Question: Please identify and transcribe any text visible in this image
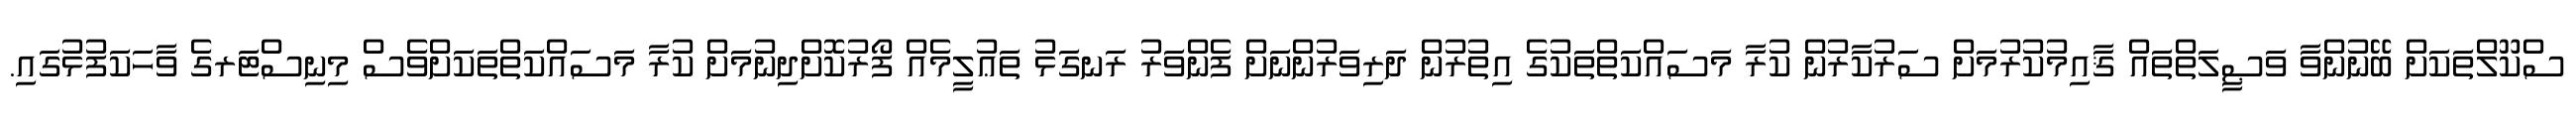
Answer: ސްކޫލްތަކަށް ބޭނުންވާ ވަޞީލަތްތައް ޤާއިމުކުރުމަށް ސަރުކާރުން ކުރާ މަސައްކަތްތަކުގެ އިތުރުން ދަރިވަރުންނަށް ފެންވަރު ރަނގަޅު ތަޢުލީމެއް ފޯރުކޮށްދިނުމަށް ކުރާ މަސައްކަތްތަކަށްވެސް މިނިސްޓަރގެ ވާހަކަފުޅުގައި.